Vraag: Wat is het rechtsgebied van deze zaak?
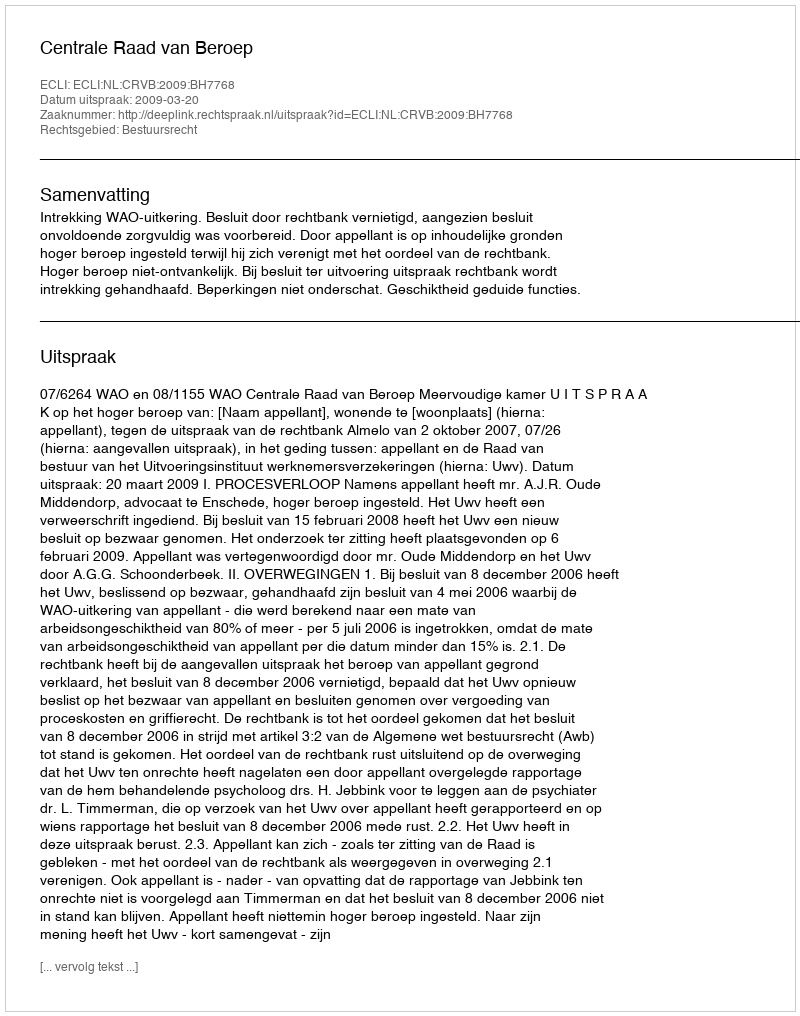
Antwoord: Bestuursrecht